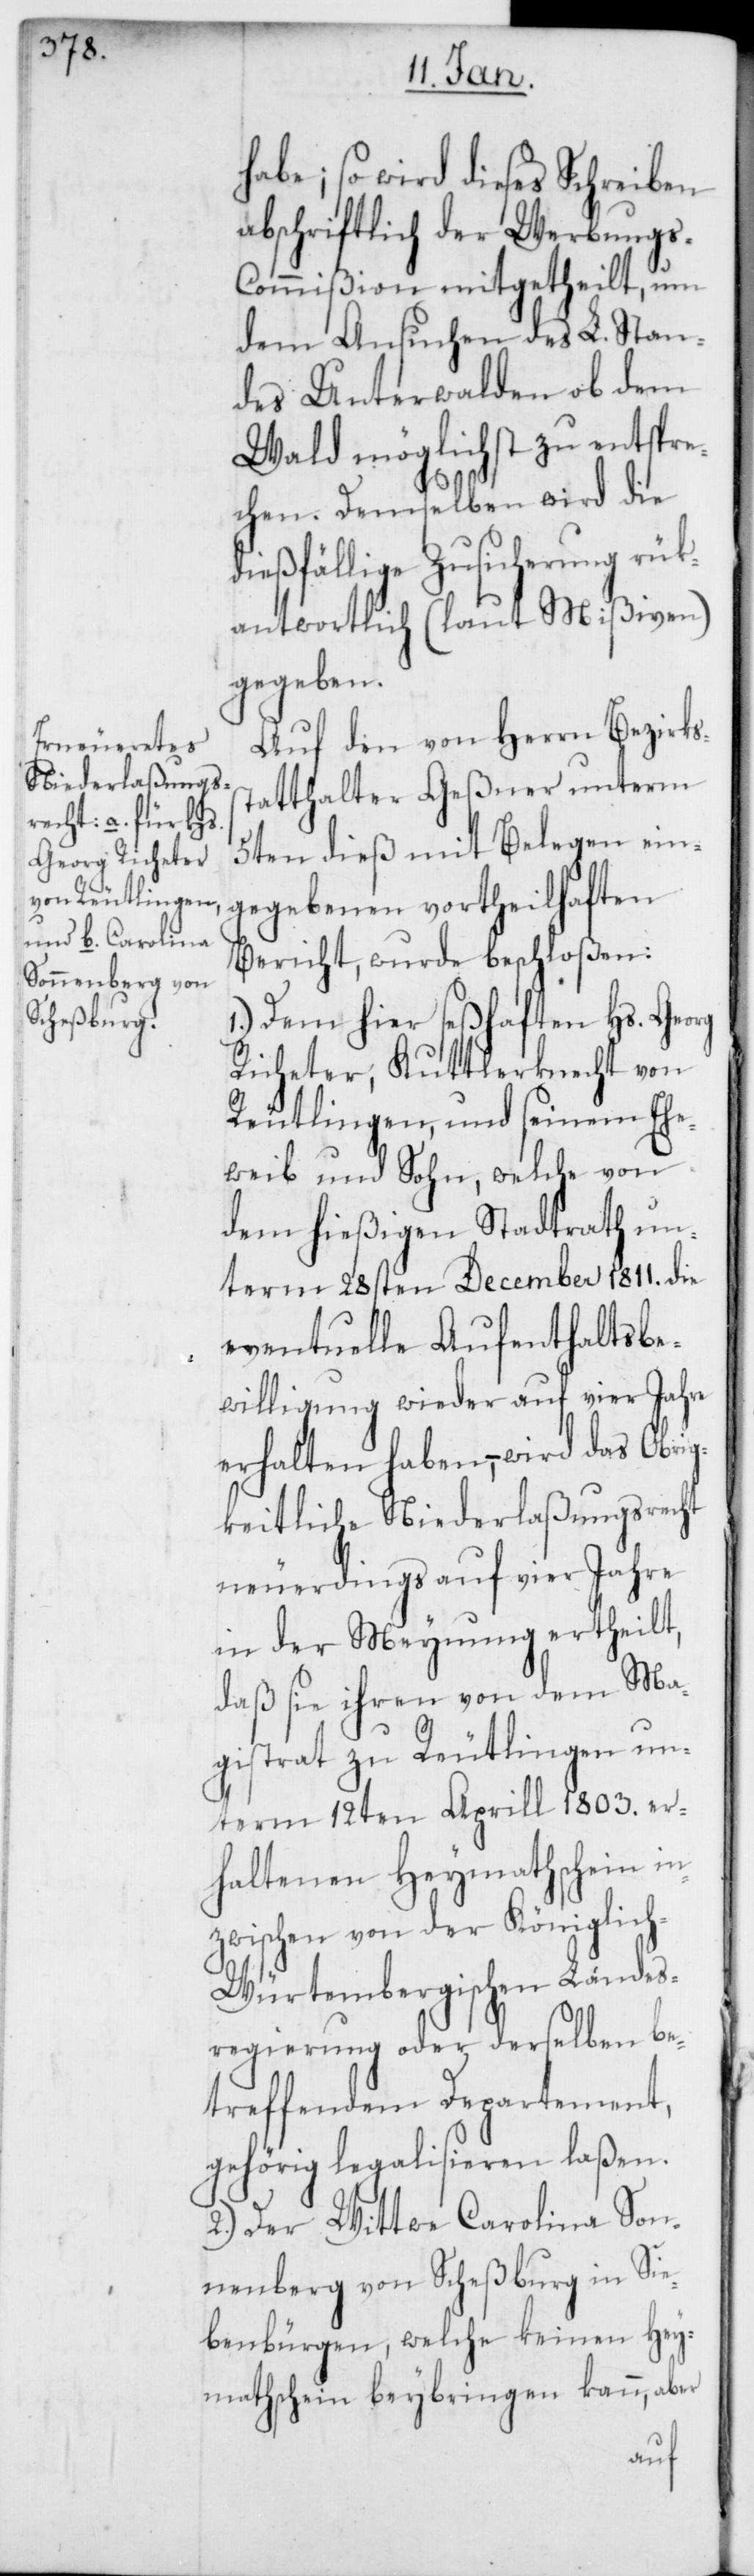
habe; so wird dieses Schreiben
abschriftlich der Werbung¬
s-Commißion mitgetheilt, um
dem Ansuchen des L. Stan¬
des Unterwalden ob dem
Wald möglichst zu entspre¬
chen. Demselben wird die
dießfällige Zusicherung rük¬
antwortlich (laut Mißiven)
gegeben.
Auf den von Herrn Bezirks¬
statthalter Geßner unterm
5ten dieß mit Belegen ein¬
gegebenen vortheilhaften
Bericht, wurde beschloßen:
1.) Dem hier seßhaften Hs. Georg
Richeter, Kuttlerknecht von
Reutlingen, und seinem Ehe¬
weib und Sohn, welche von
dem hießigen Stadtrath un¬
term 28sten December 1811. die
eventuelle Aufenthaltsbe¬
willigung wieder auf vier Jahre
erhalten haben, – wird das Obrig¬
keitliche Niederlaßungsrecht
neuerdings auf vier Jahre
in der Meynung ertheilt,
daß sie ihren von dem Ma¬
gistrat zu Reutlingen un¬
term 12ten Aprill 1803. er¬
haltenen Heymathschein in¬
zwischen von der Königlic¬
h-Würtembergischen Landes¬
regierung oder derselben be¬
treffendem Departement,
gehörig legalisieren laßen.
2.) Der Wittwe Carolina Son¬
nenberg von Scheßburg in Sie¬
benbürgen, welche keinen Hey¬
mathschein beybringen kann, aber